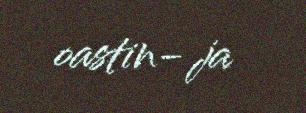
oastin- ja